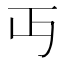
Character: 丏